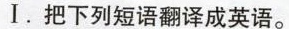
Ⅰ. 把下列短语翻译成英语。